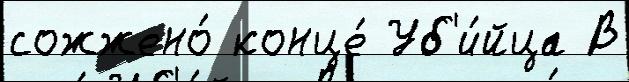
сожжено́ конце́ Уб'и́йца В